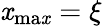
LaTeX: \mathit{x}_{\mathrm{{ma\mathit{x}}}}=\xi